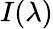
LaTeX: I(\lambda)